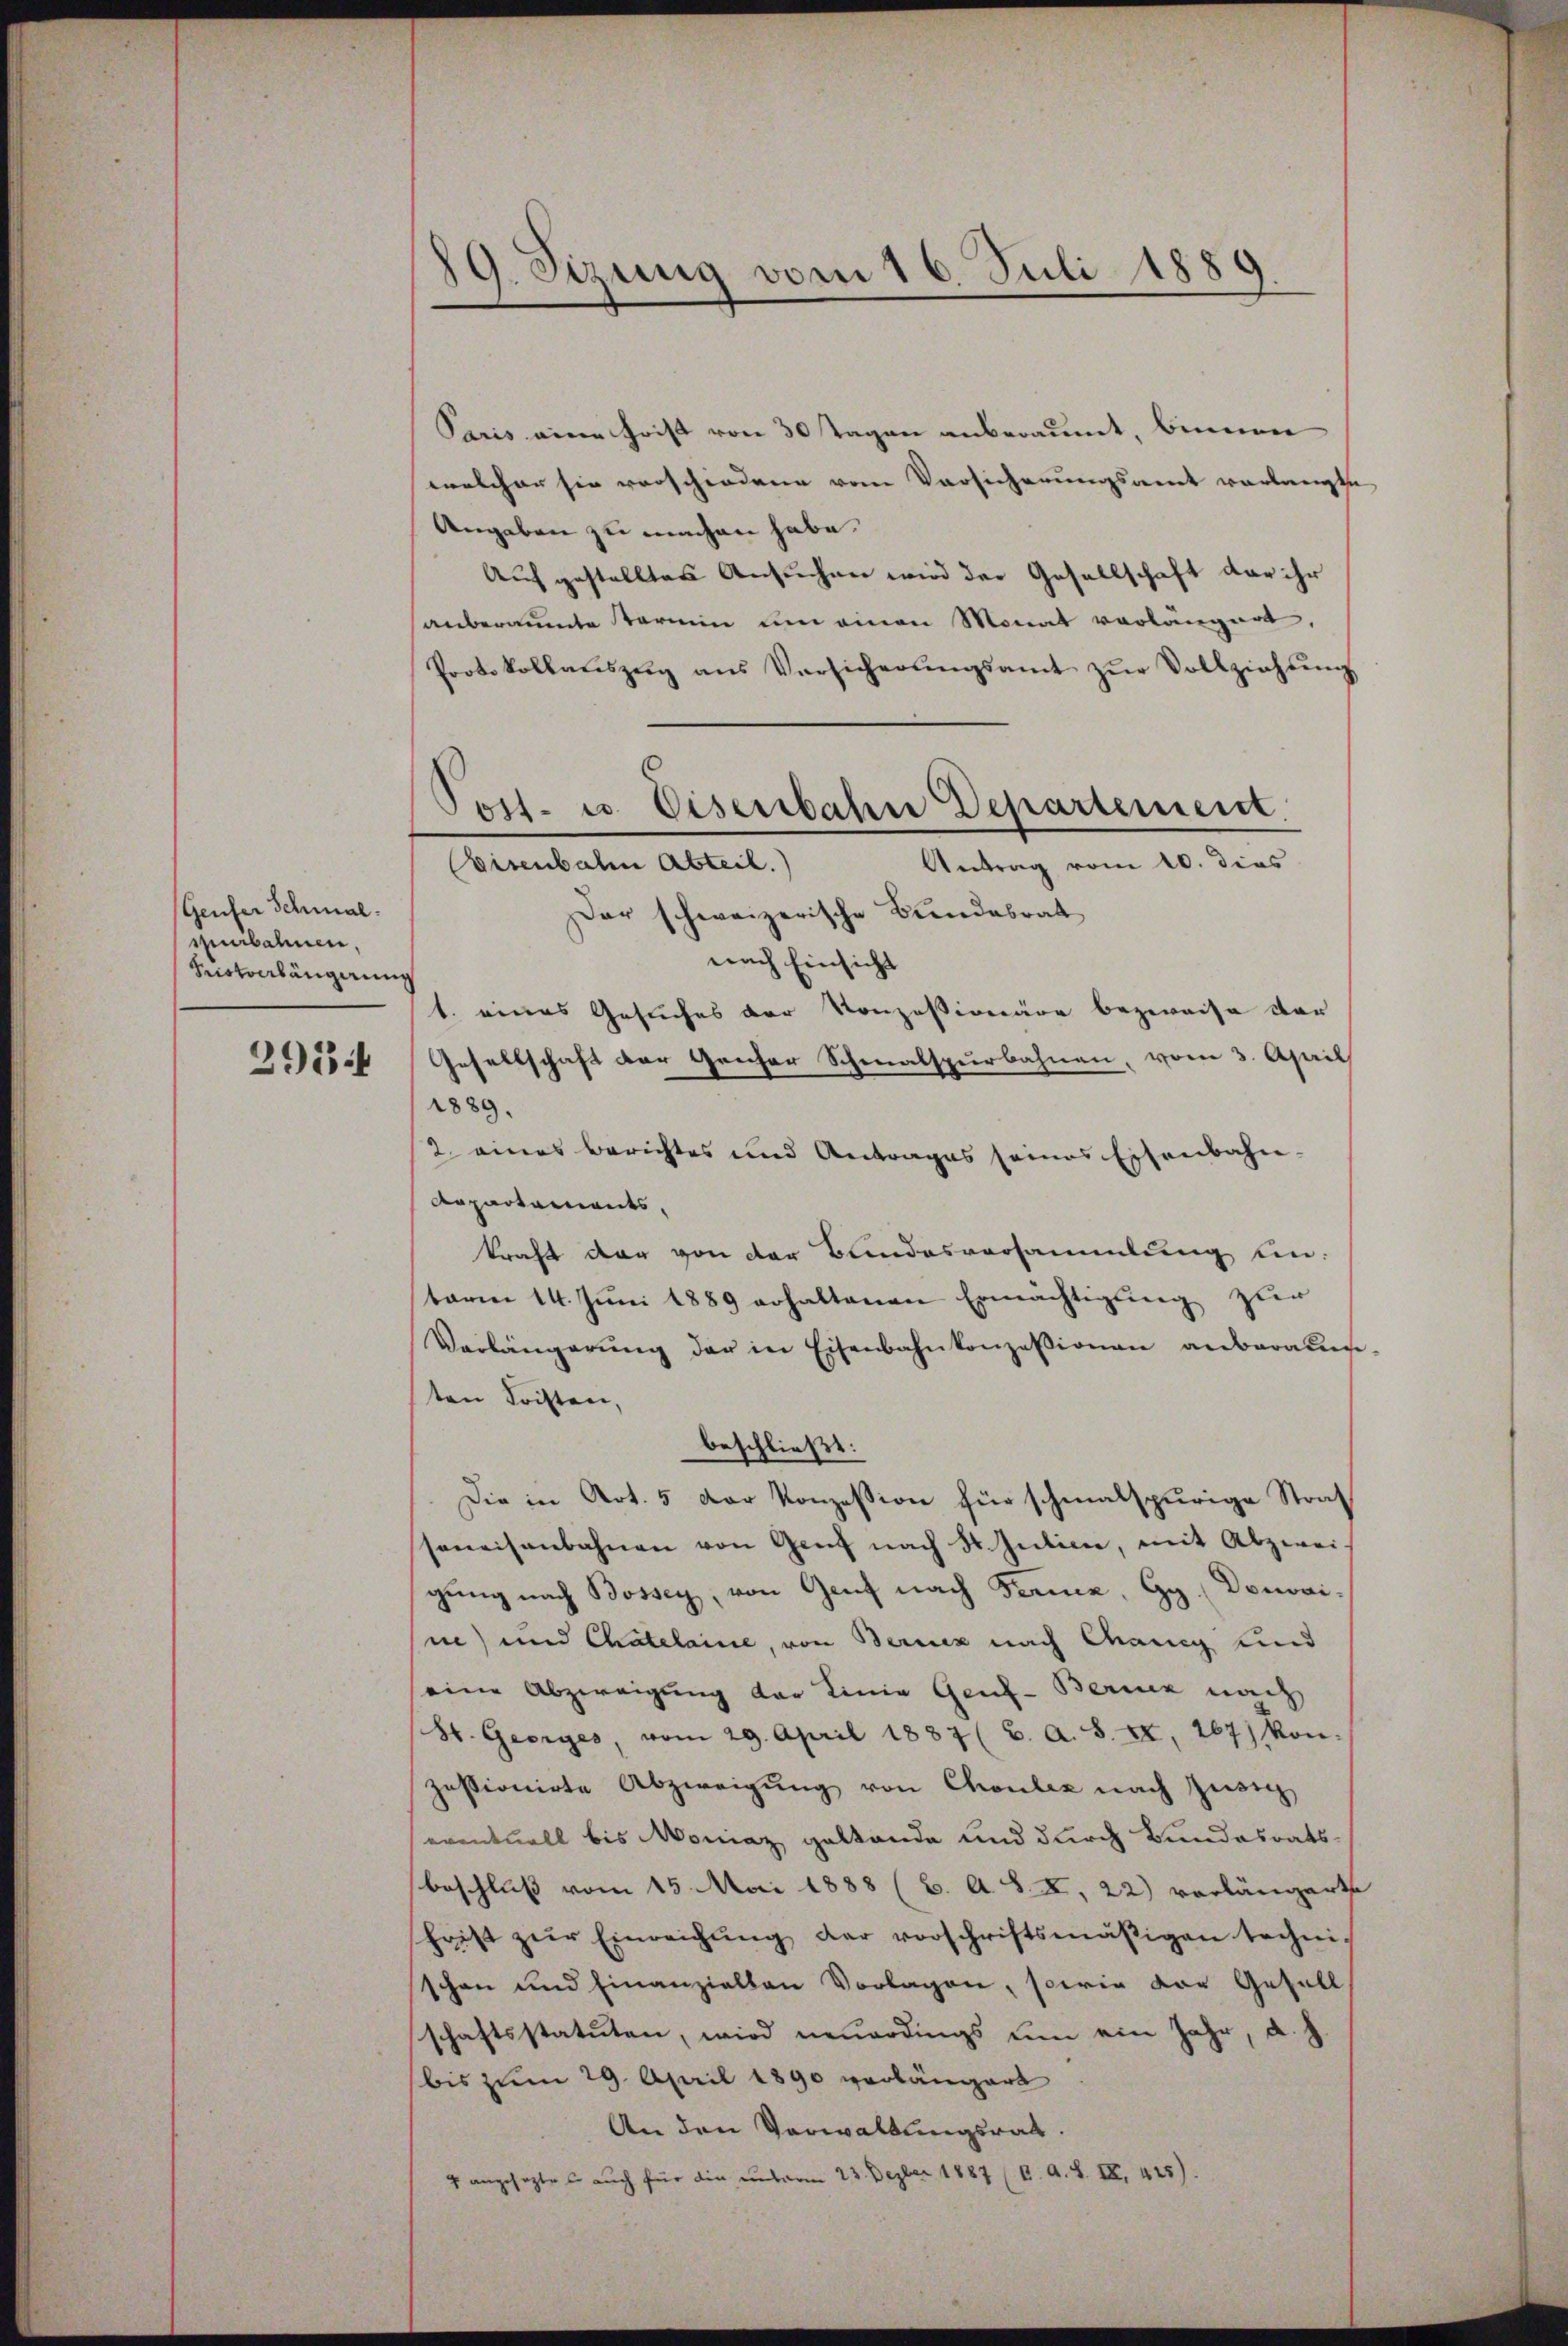
Genfer Schmal.
suibahnen.
Kristverlängerung
2954

89. Sizung vom 16. Juli 1889

Paris eine Frist von 30 Tagen anberaumt, binnen
welcher sie verschiedene vom Vorsicherungsamt vorlangte
Angaben zu machen habe.
Auf gestellten Ansuchen wird der Gesellschaft der ihr
anberaumte Staren um einen Monat vorlängert,
Protokollaŭszŭg ans Versicherŭngsamt zŭr Vollziehŭng
Der schweizerische Bundesrat
nach Einsicht
1. eines Gesuches der Konzessionäre bezweise der
Gesellschaft der Geiser Schmalspurbahnen, vom 3. April
1889.
2 eines Berichtes und Antrages seines Eisenbahn-
Repartements,
kraft der von der Bundesversammlung unterm 14. Jŭni 1889 erhaltenen Ermächtigŭng zur
Verlängerŭng der in Eisenbahnkonzessionen anbartenge-
ten Kosten,
beschließt:
Die in Art. 5 der Konzession für schmalspurige Straf
seweisenbahnen von Genf nach St. Intien, mit Abzwei-
gŭng nach Bossey, von Genf nach Ferne, Gy. (Donvaine) und Chatelaine, von Bericz nach Chang und
eine Abzweigung der Linie Genf-Berenz nach
St. Georges, vom 29. April 1887 (6. A. S. XX, 267) Mon.
passionirte Abzweigung von Chonbez nach Zusich
eventuell bis Moniaz geltende und durch Bundesratsbeschluß vom 15. Mai 1888 (6. A. S. X, 22) vorlängerte
hrist zŭr Einreichŭng der vorschriftsmäβigen technischon und Einanziellen Vorlagen, sowie vor Gesell
schaftsstatuten, wird neuerdings um ein Jahr, d. J.
bis zum 29. April 1890 vorlängert
An den Verwaltungsrat.
4 angeseztes auch für die unterm 23. Dezber 1887 (C. A. S. IX, 445).

Post- u. Eisenbahn Departement.
Bisenbahn Abteil.
Antrag vom 10. dies